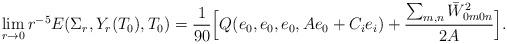
LaTeX: \begin{align*} & \lim_{r \to 0} r^{-5} E(\Sigma_r, Y_r(T_0),T_0)= \frac{1}{90} \Big[ Q(e_0,e_0,e_0,Ae_0 + C_i e_i)+ \frac{\sum_{m,n} \bar W_{0m0n}^2}{2A}\Big].\end{align*}